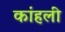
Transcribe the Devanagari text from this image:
कांहली